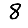
Digit: 8